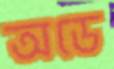
অডে